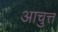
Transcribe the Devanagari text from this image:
आचुत्त